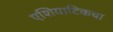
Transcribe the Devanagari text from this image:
एशियाटिकचा